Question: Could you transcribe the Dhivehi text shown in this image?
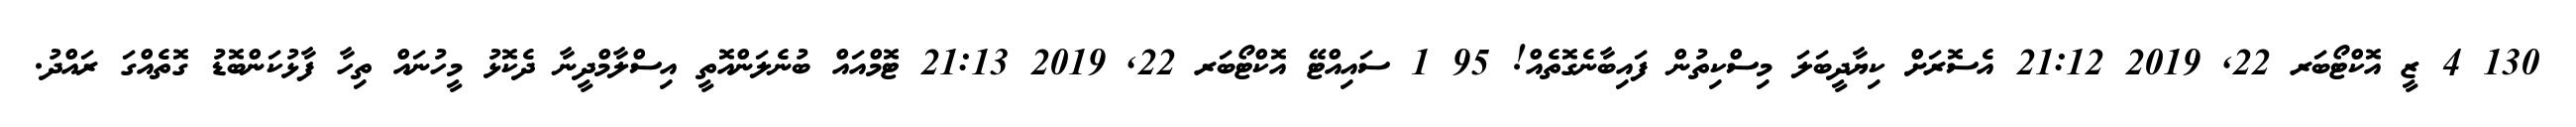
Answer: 130 4 ޒީ އޮކްޓޯބަރ 22, 2019 21:12 އެސޮރަށް ކިޔާދީބަލަ މިސްކިތުން ފައިބާނެގޮތެއް! 95 1 ސައިއްޓޭ އޮކްޓޯބަރ 22, 2019 21:13 ޓޮމްއައް ބުނެލަންއޮތީ އިސްލާމްދީނާ ދެކޮޅު މީހުނައް ތިހާ ފާޅުކަންބޮޑު ގޮތެއްގަ ރައްދު.